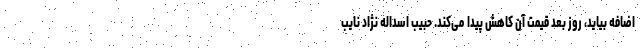
اضافه بیاید، روز بعد قیمت آن کاهش پیدا می‌کند. حبیب اسداله نژاد نایب